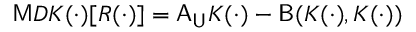
\mathsf { M } D K ( \cdot ) [ R ( \cdot ) ] = \mathsf { A } _ { \mathsf { U } } K ( \cdot ) - \mathsf { B } ( K ( \cdot ) , K ( \cdot ) )